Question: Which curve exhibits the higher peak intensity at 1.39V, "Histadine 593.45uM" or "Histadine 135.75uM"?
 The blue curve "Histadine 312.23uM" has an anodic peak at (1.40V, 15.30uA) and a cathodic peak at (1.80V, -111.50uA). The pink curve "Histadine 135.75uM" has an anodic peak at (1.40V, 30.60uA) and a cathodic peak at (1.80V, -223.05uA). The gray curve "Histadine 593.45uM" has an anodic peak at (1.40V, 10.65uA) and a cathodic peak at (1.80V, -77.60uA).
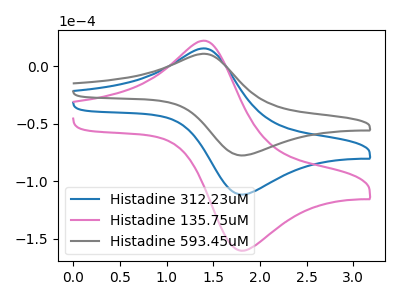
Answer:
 <answer>The peak at 1.39V is lower in "Histadine 593.45uM" than in "Histadine 135.75uM".</answer>
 <eval>lower</eval>